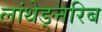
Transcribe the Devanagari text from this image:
लांथेङ्नरिब